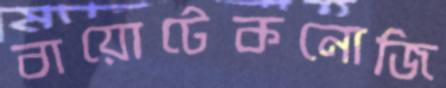
বায়োটেকনোজি